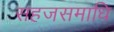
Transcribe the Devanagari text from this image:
सहजसमाधि